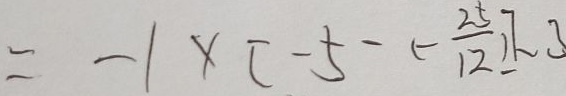
= - 1 \times [ - 5 - ( - \frac { 2 5 } { 1 2 } ) ] - 3